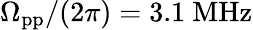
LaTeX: \Omega_{\mathrm{pp}}/(2\pi)=3.1~\mathrm{MHz}